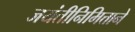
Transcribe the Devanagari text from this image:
जयंतीनिमित्ताने